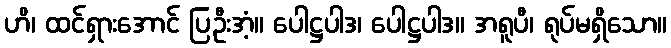
ဟိ၊ ထင်ရှားအောင် ပြဦးအံ့။ ပေါဋ္ဌပါဒ၊ ပေါဋ္ဌပါဒ။ အရူပီ၊ ရုပ်မရှိသော။